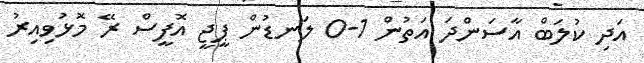
އަދި ކުލަބް އާސަންދަ އަތުން 1-0 ލަނޑުން ޕީޖީ އޮފީސް ރޭ މޮޅުވިއިރު